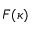
F ( \kappa )